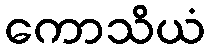
ကောသိယံ